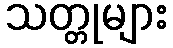
သတ္တုများ